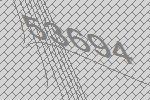
53694